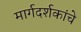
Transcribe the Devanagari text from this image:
मार्गदर्शकांचे